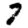
Digit: 7